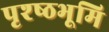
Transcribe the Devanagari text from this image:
पृश्ष्‍ठभूमि